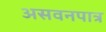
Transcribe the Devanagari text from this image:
असवनपात्र